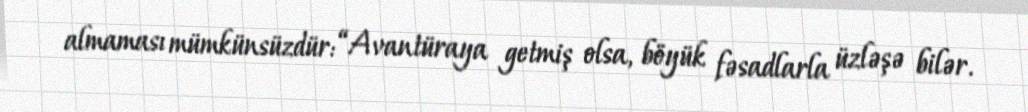
almaması mümkünsüzdür: “Avantüraya getmiş olsa, böyük fəsadlarla üzləşə bilər.